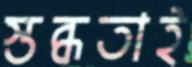
স্তব্ধতাই